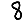
Digit: 8